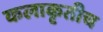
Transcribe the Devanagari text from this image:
कलाकृतीच